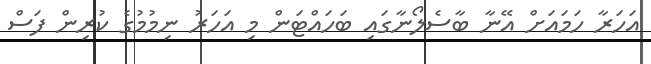
އަހަރާ ހަމައަށް އޭނާ ބާސެލޯނާގައި ބަހައްޓަން މި އަހަރު ނިމުމުގެ ކުރިން ފަސް